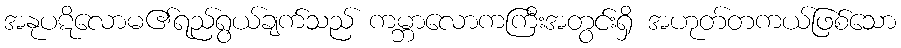
အနုပဋိလောမ၏ရည်ရွယ်ချက်သည် ကမ္ဘာလောကကြီးအတွင်းရှိ အဟုတ်တကယ်ဖြစ်သော